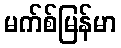
မက်စ်မြန်မာ